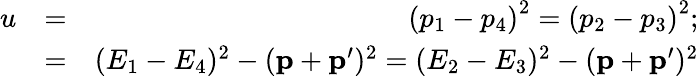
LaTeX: \begin{array}{rlr}{u}&{=}&{\left(p_{1}-p_{4}\right)^{2}=\left(p_{2}-p_{3}\right)^{2};}\\ &{=}&{(E_{1}-E_{4})^{2}-(\mathbf{p}+\mathbf{p}^{\prime})^{2}=(E_{2}-E_{3})^{2}-(\mathbf{p}+\mathbf{p}^{\prime})^{2}}\end{array}